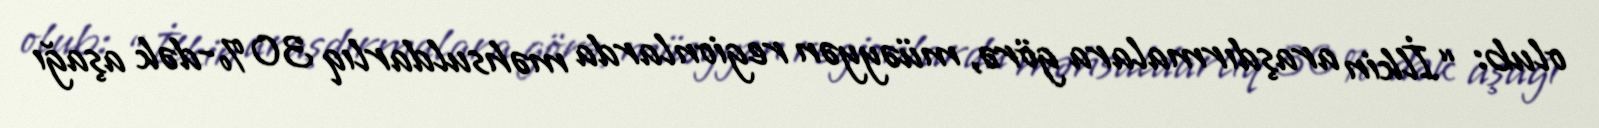
olub: “İlkin araşdırmalara görə, müəyyən regionlarda məhsuldarlıq 30 %-dək aşağı